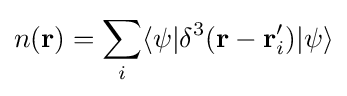
n(\mathbf {r} )=\sum _{i}\langle \psi |\delta ^{3}(\mathbf {r} -\mathbf {r} _{i}')|\psi \rangle